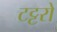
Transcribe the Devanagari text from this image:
टट्टरों